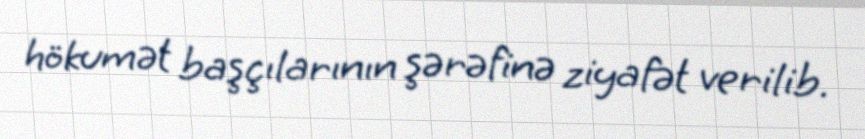
hökumət başçılarının şərəfinə ziyafət verilib.